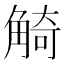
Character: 觭